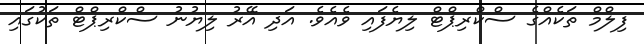
ފިލްމް ތަކެއްގެ ސްކްރިޕްޓް ލިޔެފައި ވެއެވެ. އަދި އޭރު ލިޔުނު ސްކްރިޕްޓް ތަކުގައި